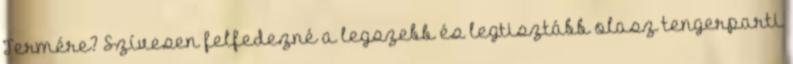
Termére? Szívesen felfedezné a legszebb és legtisztább olasz tengerparti